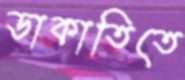
ডাকাতিতে